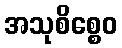
အသုစိစ္စေဝ